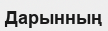
Дарынның